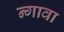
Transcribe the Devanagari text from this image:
न्गावा